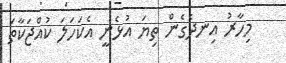
މިހާރު އިނދެގެން ތިޔަ އުޅެނީ އެކަހަލަ ކުއްޖަކާތަ